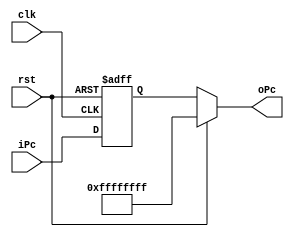
`timescale 1ns / 1ps
//////////////////////////////////////////////////////////////////////////////////
// Company: 
// Engineer: 
// 
// Design Name: 
// Module Name:    singlePc 
// Project Name: 
// Target Devices: 
// Tool versions: 
// Description: 
//
// Dependencies: 
//
// Revision: 
// Revision 0.01 - File Created
// Additional Comments: 
//
//////////////////////////////////////////////////////////////////////////////////
module singlePc(
                 input wire clk,
					  input wire rst,
					  input wire[31:0] iPc,
					  output wire[31:0] oPc
    );
reg[31:0] tPc;

initial tPc = 32'hFFFFFFFF;
assign oPc = rst?32'hFFFFFFFF:tPc;

always @(posedge clk,posedge rst)
if(rst) tPc <= 32'hFFFFFFFF;
else
tPc <= iPc;


endmodule